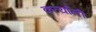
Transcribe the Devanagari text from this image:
कर्त्यांनी